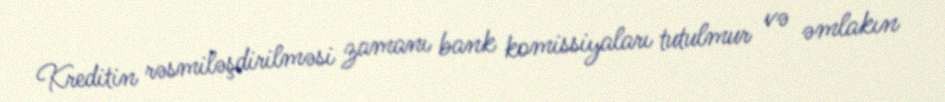
Kreditin rəsmiləşdirilməsi zamanı bank komissiyaları tutulmur və əmlakın